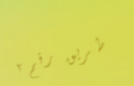
طريق رقم ٢